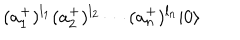
LaTeX: ( a _ { 1 } ^ { + } ) ^ { l _ { 1 } } ( a _ { 2 } ^ { + } ) ^ { l _ { 2 } } \cdots ( a _ { n } ^ { + } ) ^ { l _ { n } } | 0 \rangle